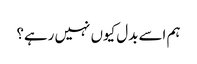
ہم اسے بدل کیوں نہیں رہے؟